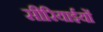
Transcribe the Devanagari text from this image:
सीरियाईयों